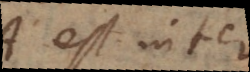
A est inter